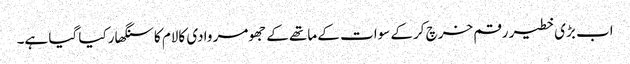
اب بڑی خطیر رقم خرچ کرکے سوات کے ماتھے کے جھومر وادی کالام کا سنگھار کیا گیا ہے۔